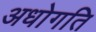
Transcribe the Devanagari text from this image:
अधोगति